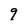
Character: 9